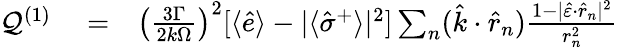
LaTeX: \begin{array}{rlr}{{\cal Q}^{(1)}}&{{}=}&{\left(\frac{3\Gamma}{2k\Omega}\right)^{2}[\langle\hat{e}\rangle-|\langle\hat{\sigma}^{+}\rangle|^{2}]\sum_{n}(\hat{k}\cdot\hat{r}_{n})\frac{1-|\hat{\varepsilon}\cdot\hat{r}_{n}|^{2}}{r_{n}^{2}}}\end{array}